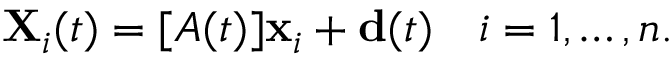
\mathbf { X } _ { i } ( t ) = [ A ( t ) ] \mathbf { x } _ { i } + \mathbf { d } ( t ) \quad i = 1 , \ldots , n .